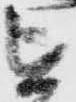
を